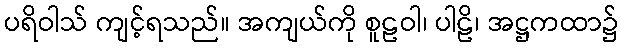
ပရိဝါသ် ကျင့်ရသည်။ အကျယ်ကို စူဠဝါ၊ ပါဠိ၊ အဋ္ဌကထာ၌